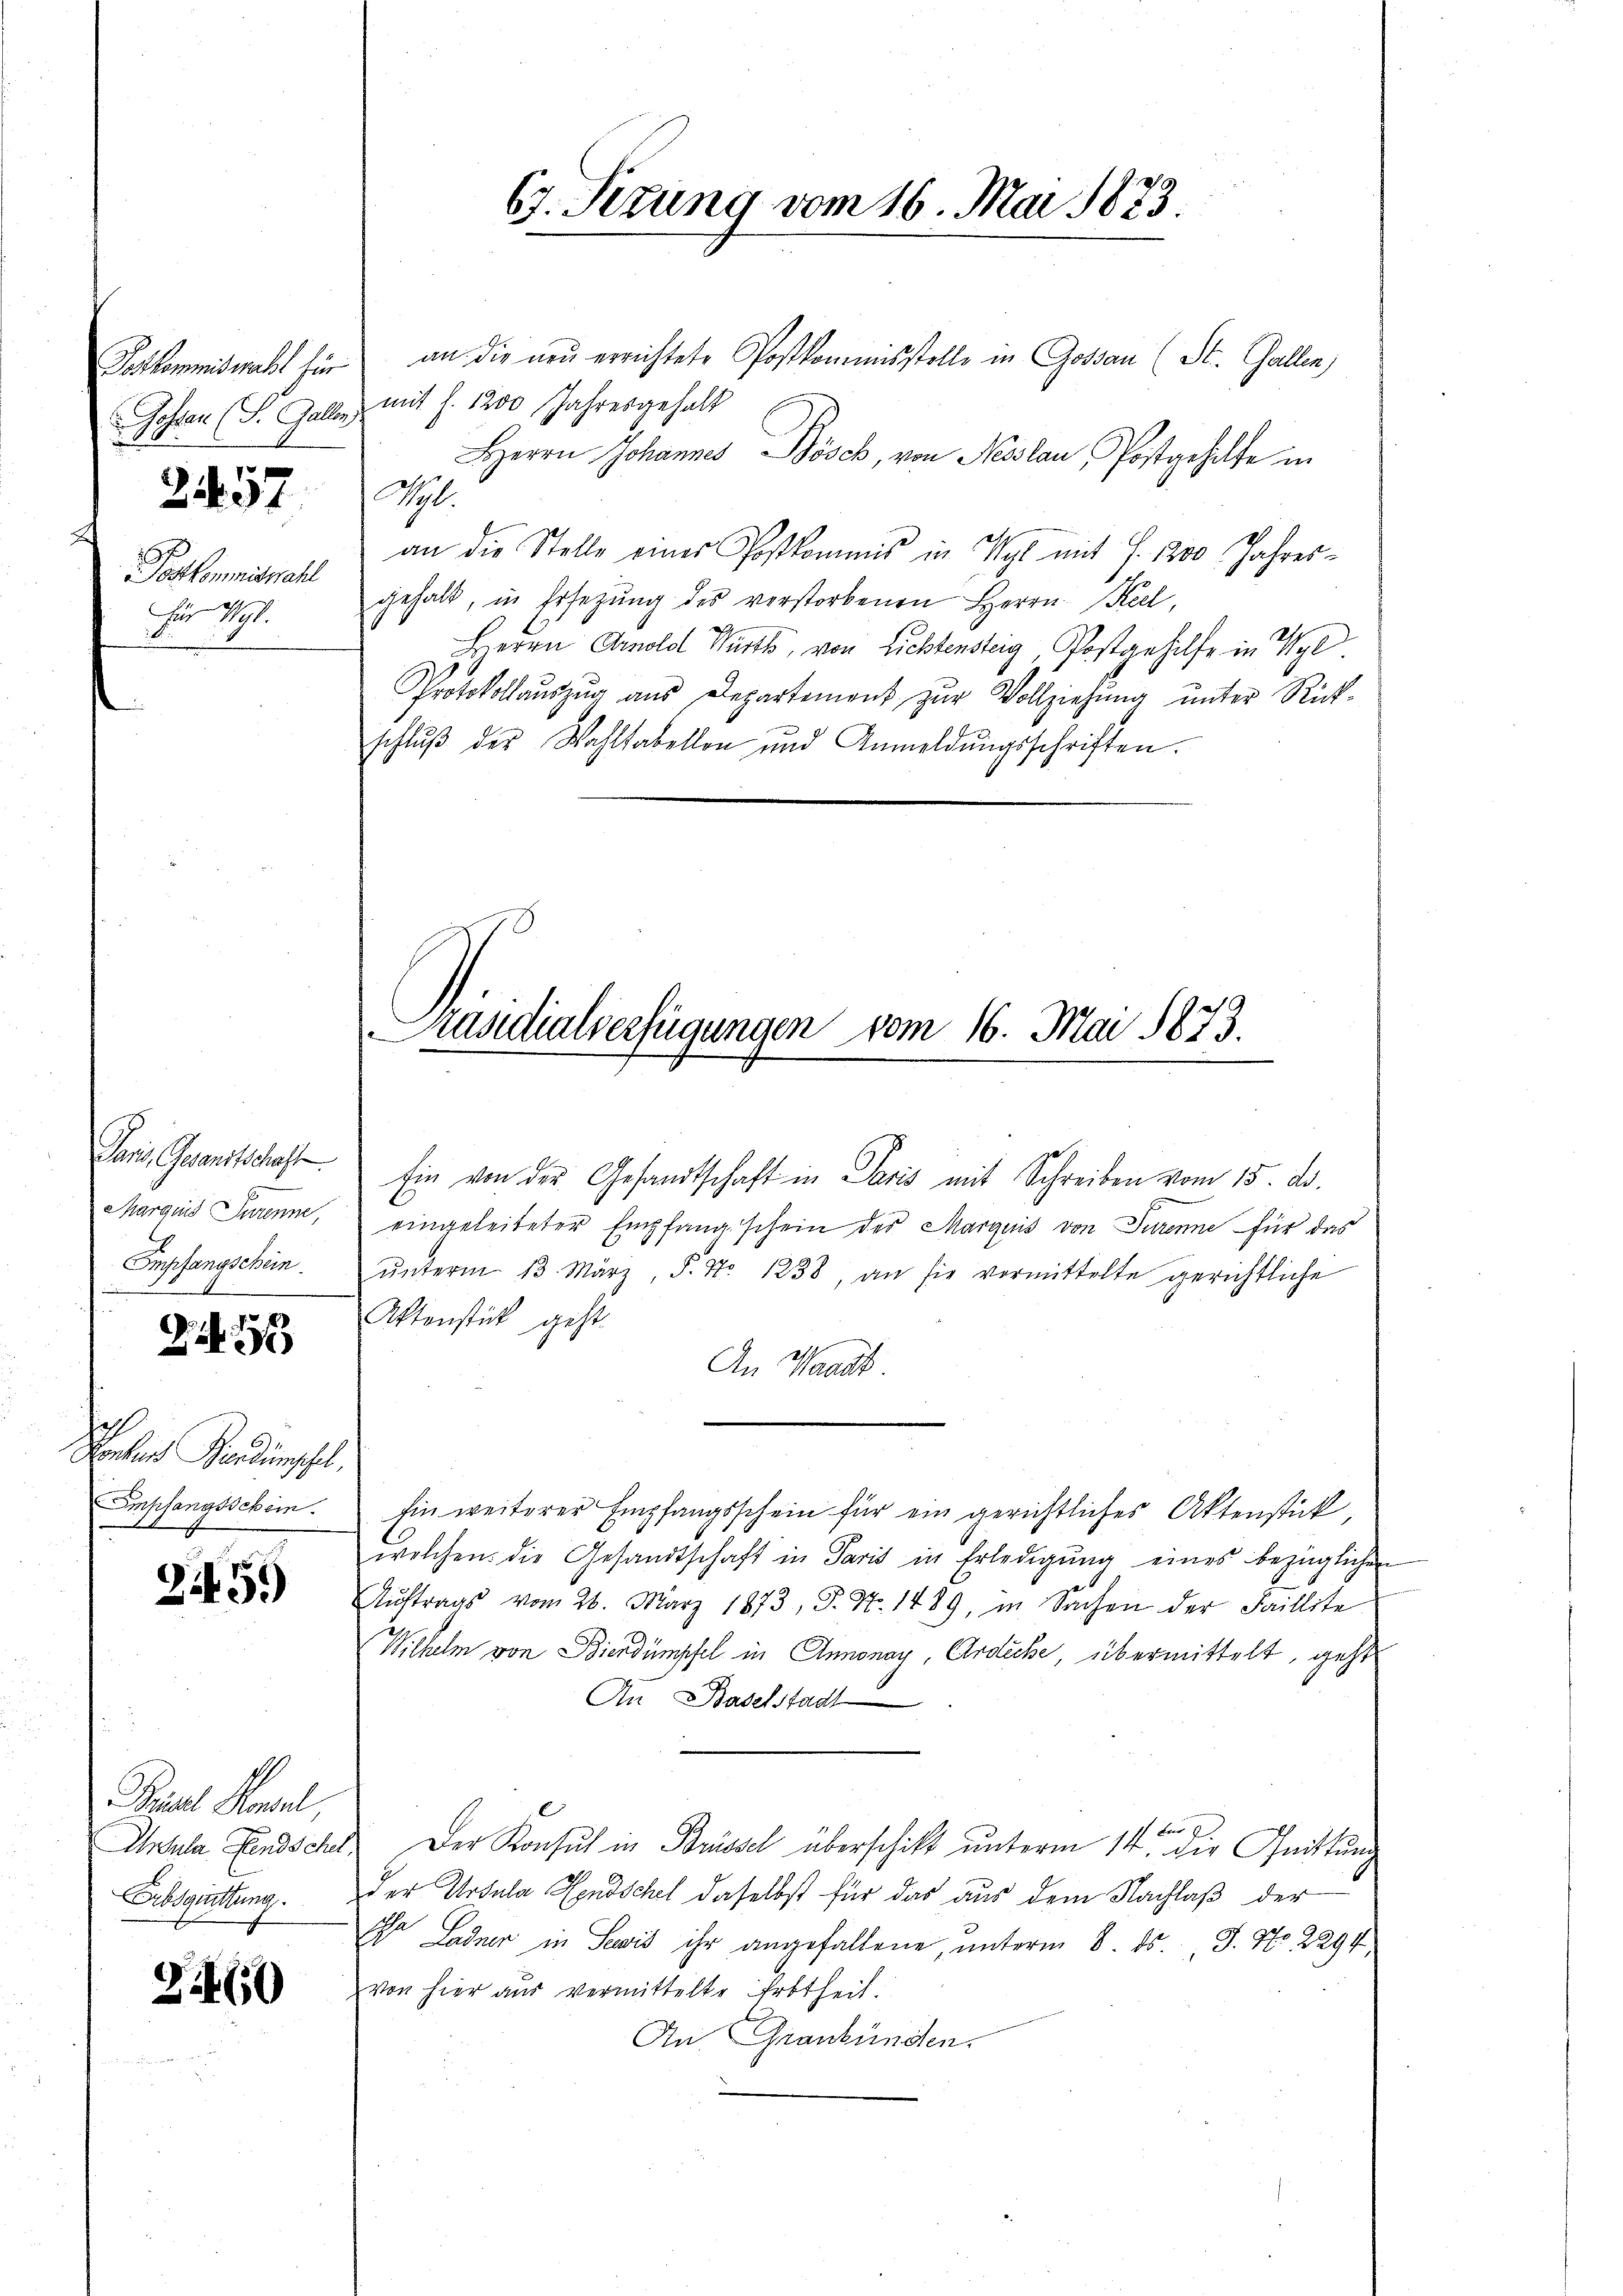
Joskommiswahl für
Gosten (S. Gallen.

3457

Postkommiswahl
Für 191.

Pani Gesandtschaft
Marquis Jurenne,
Empfangschein.

2
Konkurs Brendumschel,
Spfangsschein.
18

21459)

Preise Konsul
Ih Sula Landschel
Erbsquittung

Z 460

an die neu errichtete Postkommisstelle in Gossau (St. Gallen)
mit f. 1200 Jahresgehalt
HHerrn Johannes Bösch, von Neslau, Postgehilfe in
A.
an die Stelle einer Postkomans in Wyl mit J. 1200 Jahresgehalt, in Ersetzŭng des verstorbenen Herrn Keel,
Herrn Arnold Würth, von Lichtensteg, Postgehilfe in Wyl
Protokollaŭszŭg ans Departement zur Vollziehung unter Rück-
schlŭβ der Wahltabellen und Anmeldŭngsschriften.

67. Setzung vom 16. Mai 1873

Präsidialverfügungen vom 16. Mai 1873.
d

Ein von der Gesandtschaft in Paris mit Schreiben vom 15. ds.
eingeleiteter Empfang schein des Marquis von Turinne für das
ŭnterm 13. März, P. Nr. 1238, an sie vormittelte gerichtliche
Aktenstück geht.
An Waadt
hin weiterer Empfangsschein für ein gerichtliches Aktenstück,
welchen die Gesandtschaft in Paris in Erledigŭng eines bezüglichen
Auftrags vom 26. März 1873, S. Nr. 1489, in Sachen der Faillite
Wilhelm von Bierdumpfel in Annonay, Ardiche, übermittelt, geht
An Baselstadt
Der Konsul in Brüssel überschickt unterm 14ten die Quittung
der Ursula Sendschel daselbst für das aus dem Nachlaß der
I Ladner in Seis ihr angefallene, unterm 8. ds. J. Nr. 2294,
von hier aus vermittelte Erbtheil.
An Graubünden.